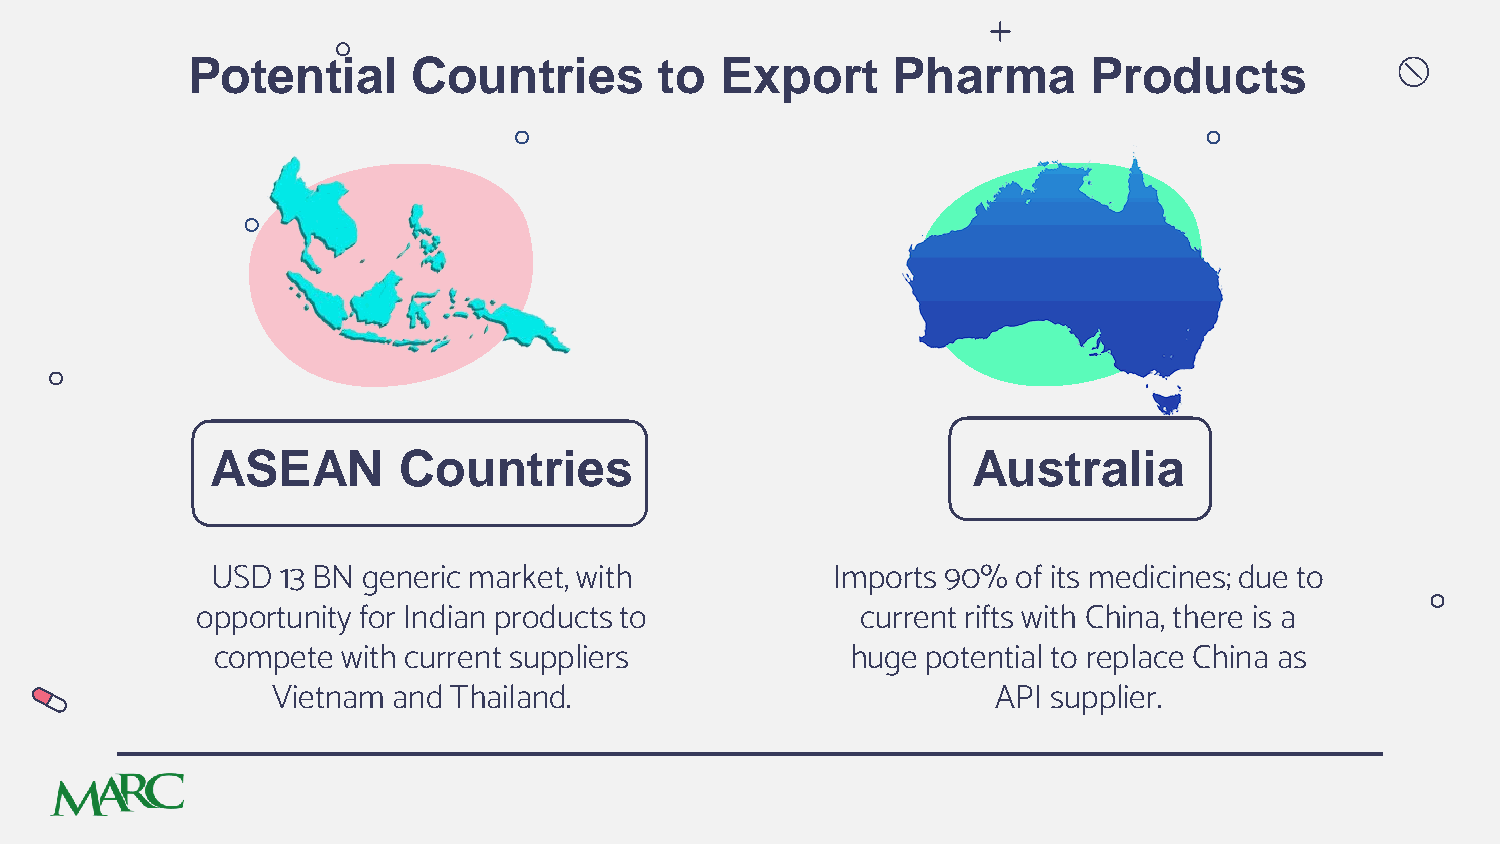
Potential      Countries        to  Export     Pharma       Products
 ASEAN       Countries                             Australia
 USD  13 BN generic market, with          Imports 90% of its medicines; due to
 opportunity for Indian products to          current rifts with China, there is a
 compete  with current suppliers           huge potential to replace China as
 Vietnam and Thailand.                           API supplier.